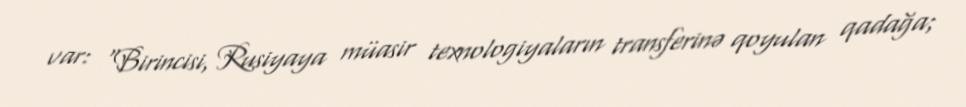
var: “Birincisi, Rusiyaya müasir texnologiyaların transferinə qoyulan qadağa;